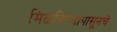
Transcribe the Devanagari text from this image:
मिळविण्यापासूनचे